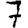
Digit: 7